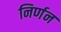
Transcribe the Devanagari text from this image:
निर्णन